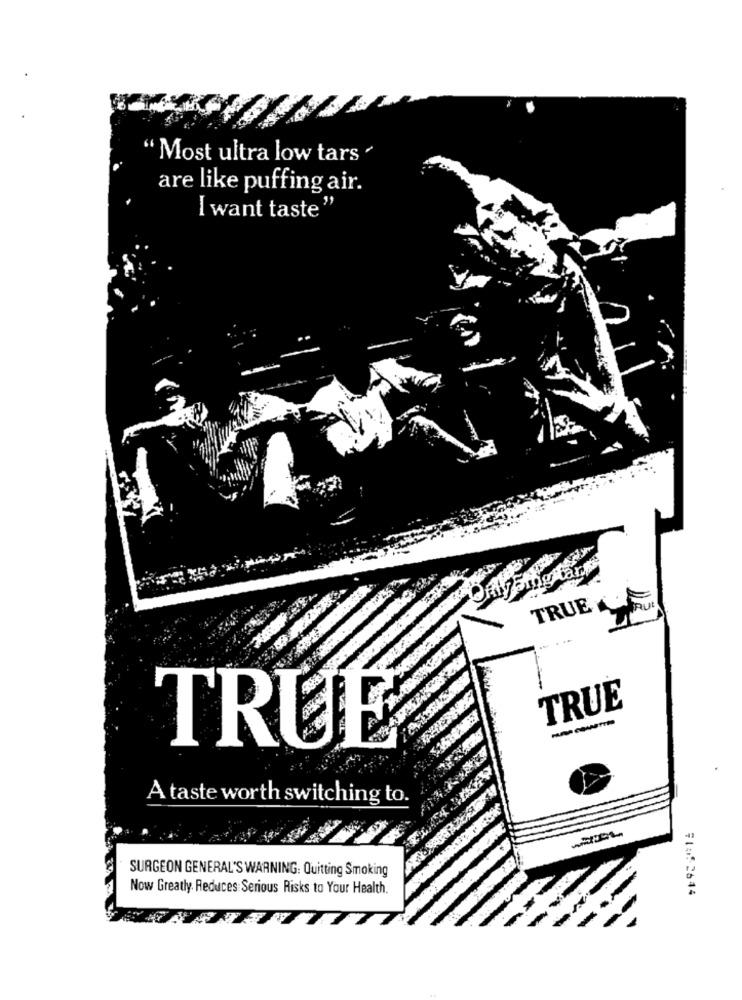
" Most ultra low tars "
are like puffing air.
[ want taste"
Ping ark
TRUE
TRUE
---
TRUE
A taste worth switching to.
SURGEON GENERAL'S WARNING: Quitting Smoking
Now Greatly. Reduces Serious Risks to Your Health.
#105- 2644